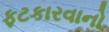
ફટકારવાનો